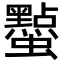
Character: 𮕔